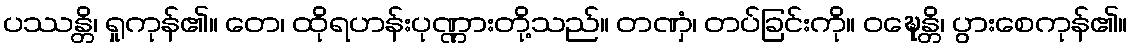
ပဿန္တိ၊ ရှုကုန်၏။ တေ၊ ထိုရဟန်းပုဏ္ဏားတို့သည်။ တဏှံ၊ တပ်ခြင်းကို။ ဝဍ္ဎေန္တိ၊ ပွားစေကုန်၏။